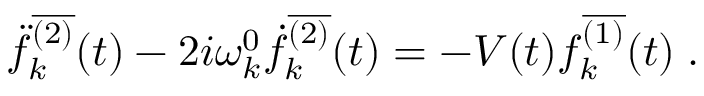
\ddot { f } _ { k } ^ { \overline { { { ( 2 ) } } } } ( t ) - 2 i \omega _ { k } ^ { 0 } \dot { f } _ { k } ^ { \overline { { { ( 2 ) } } } } ( t ) = - V ( t ) f _ { k } ^ { \overline { { { ( 1 ) } } } } ( t ) \; .